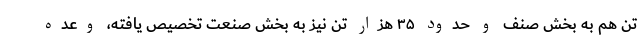
تن هم به بخش صنف و حدود ۳۵ هزار تن نیز به بخش صنعت تخصیص یافته، وعده